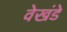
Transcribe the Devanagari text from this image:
वेखंडे